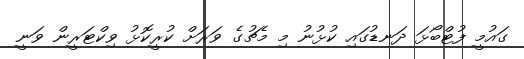
ގައުމީ ފުޓްބޯޅަ ދަނޑުގައި ކުޅުނު މި މެޗުގެ ވަރަށް ކުރީކޮޅު ވިކްޓަރީން ވަނީ